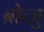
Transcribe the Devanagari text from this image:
ब्रोत्ज़ु